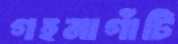
গহনাগাঁটি